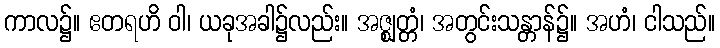
ကာလ၌။ ဧတရဟိ ဝါ၊ ယခုအခါ၌လည်း။ အဇ္ဈတ္တံ၊ အတွင်းသန္တာန်၌။ အဟံ၊ ငါသည်။